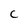
Character: c